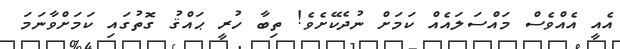
އެއީ އެއްވެސް މައްސަލައެއް ކަމަށް ނުދެކޭށެވެ! ތިބާ ހުރީ ޙައްޤު ގޮތުގައި ކަމަށްވާނަމަ